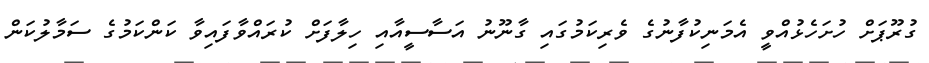
ގުރޫޕަށް ހުށަހެޅުއްވީ އެމަނިކުފާނުގެ ވެރިކަމުގައި ގާނޫނު އަސާސީއާއި ހިލާފަށް ކުރައްވާފައިވާ ކަންކަމުގެ ސަމާލުކަން